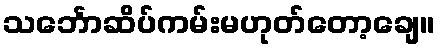
သင်္ဘောဆိပ်ကမ်းမဟုတ်တော့ချေ။